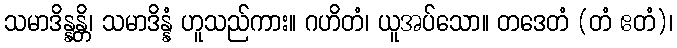
သမာဒိန္နန္တိ၊ သမာဒိန္နံ ဟူသည်ကား။ ဂဟိတံ၊ ယူအပ်သော။ တဒေတံ (တံ ဧတံ)၊